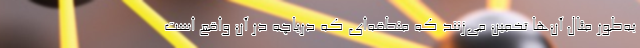
به‌طور مثال آن‌ها تخمین می‌زنند که منطقه‌ای که دریاچه در آن واقع است